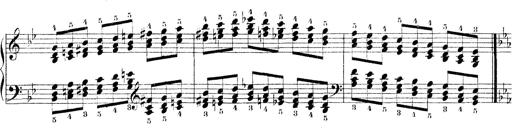
Title: Technische Studien
Composer: Franz Liszt